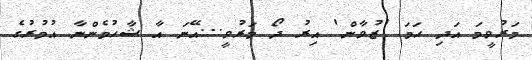
މަރުވީމަ އަދި ހަމަ 'ޒުވާން' އިރު ދޯ މަރުވީ...އޭނަ އާ ޝާހުމެންނާ އުމުރުގެ